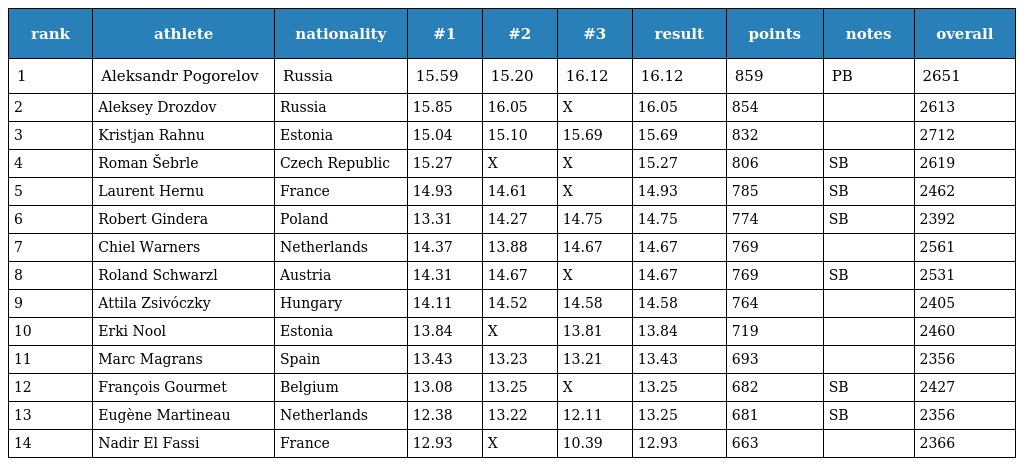
| rank | athlete | nationality | #1 | #2 | #3 | result | points | notes | overall |
 | --- | --- | --- | --- | --- | --- | --- | --- | --- | --- |
 | 1 | Aleksandr Pogorelov | Russia | 15.59 | 15.20 | 16.12 | 16.12 | 859 | PB | 2651 |
 | 2 | Aleksey Drozdov | Russia | 15.85 | 16.05 | X | 16.05 | 854 |  | 2613 |
 | 3 | Kristjan Rahnu | Estonia | 15.04 | 15.10 | 15.69 | 15.69 | 832 |  | 2712 |
 | 4 | Roman Šebrle | Czech Republic | 15.27 | X | X | 15.27 | 806 | SB | 2619 |
 | 5 | Laurent Hernu | France | 14.93 | 14.61 | X | 14.93 | 785 | SB | 2462 |
 | 6 | Robert Gindera | Poland | 13.31 | 14.27 | 14.75 | 14.75 | 774 | SB | 2392 |
 | 7 | Chiel Warners | Netherlands | 14.37 | 13.88 | 14.67 | 14.67 | 769 |  | 2561 |
 | 8 | Roland Schwarzl | Austria | 14.31 | 14.67 | X | 14.67 | 769 | SB | 2531 |
 | 9 | Attila Zsivóczky | Hungary | 14.11 | 14.52 | 14.58 | 14.58 | 764 |  | 2405 |
 | 10 | Erki Nool | Estonia | 13.84 | X | 13.81 | 13.84 | 719 |  | 2460 |
 | 11 | Marc Magrans | Spain | 13.43 | 13.23 | 13.21 | 13.43 | 693 |  | 2356 |
 | 12 | François Gourmet | Belgium | 13.08 | 13.25 | X | 13.25 | 682 | SB | 2427 |
 | 13 | Eugène Martineau | Netherlands | 12.38 | 13.22 | 12.11 | 13.25 | 681 | SB | 2356 |
 | 14 | Nadir El Fassi | France | 12.93 | X | 10.39 | 12.93 | 663 |  | 2366 |